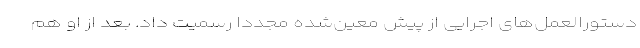
دستورالعمل‌های اجرایی از پیش معین‌شده مجددا رسمیت داد. بعد از او هم